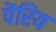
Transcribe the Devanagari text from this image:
पॆरिय